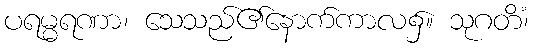
ပရမ္မရဏာ၊ သေသည်၏နောက်ကာလ၌။ သုဂတိံ၊